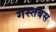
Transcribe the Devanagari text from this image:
गस्तबस